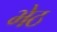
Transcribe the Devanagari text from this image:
भेठ